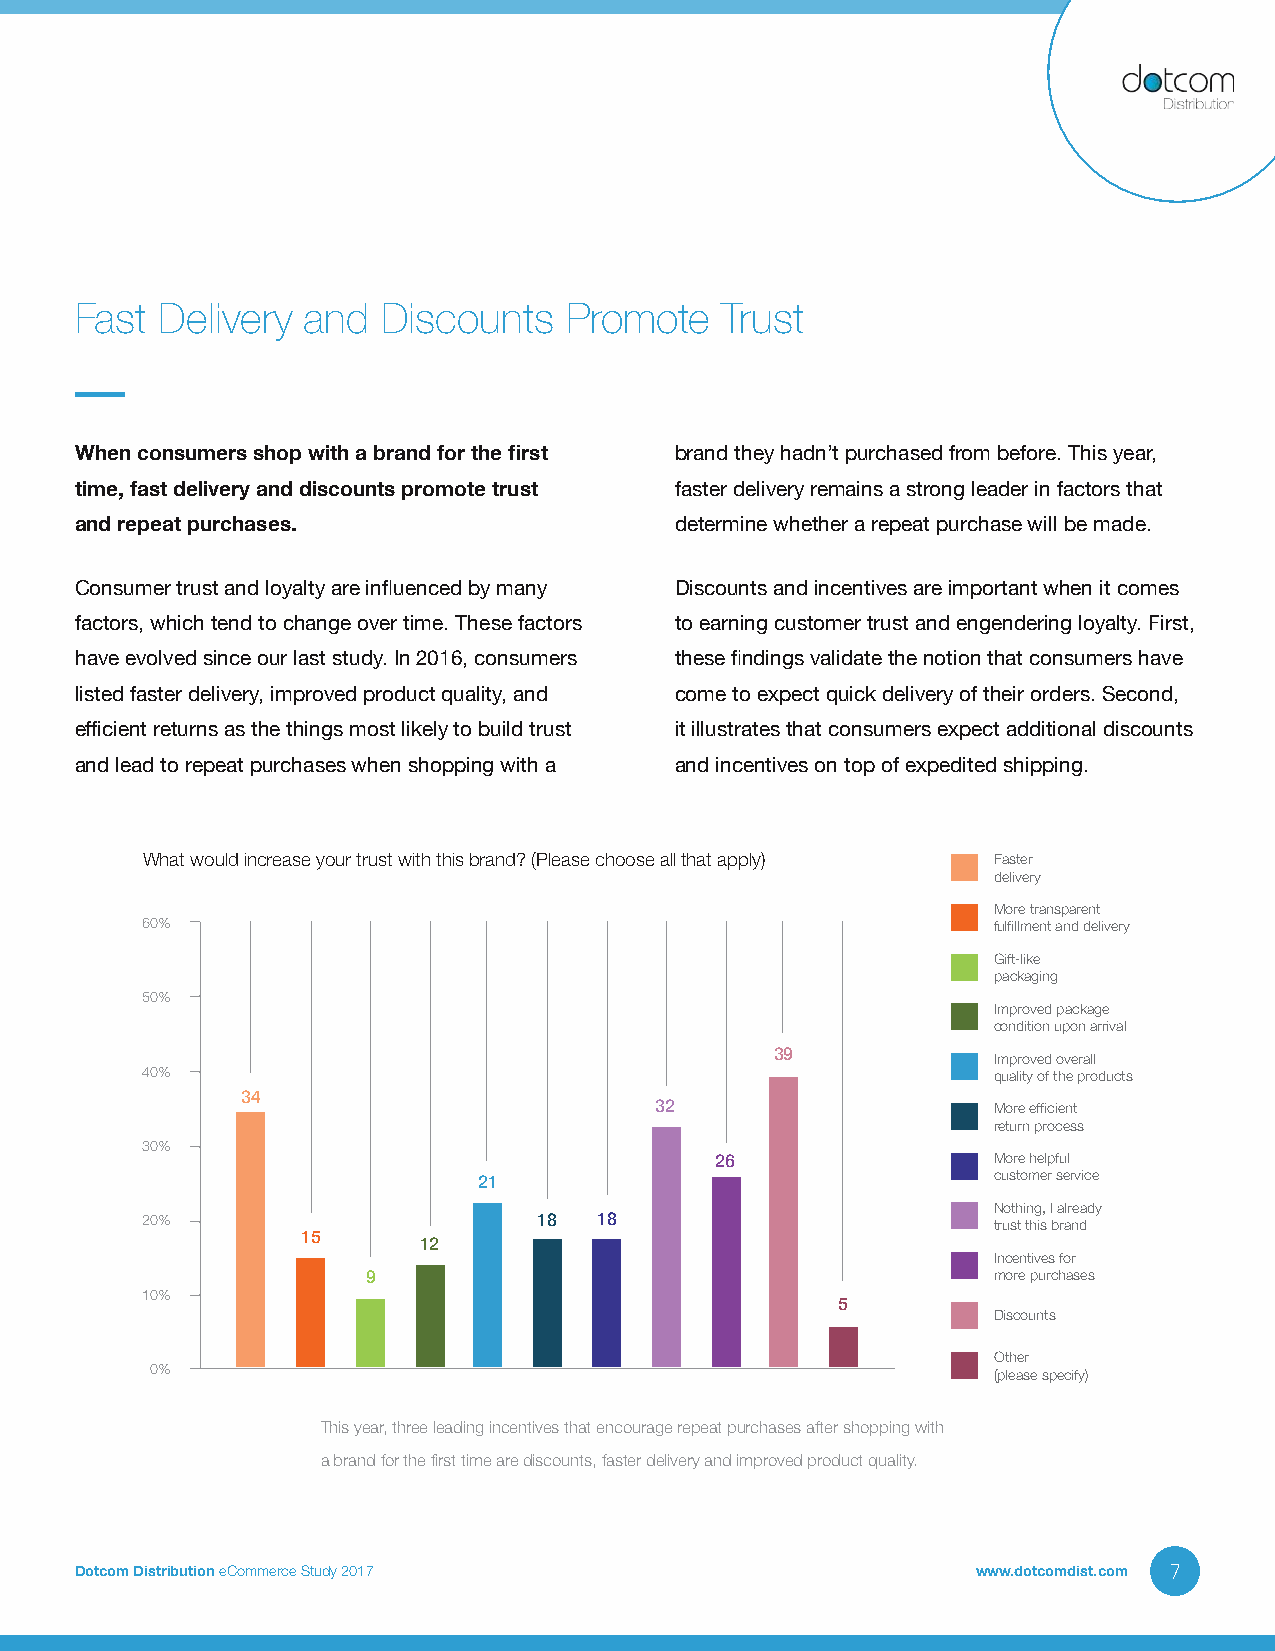
Fast Delivery  and  Discounts   Promote    Trust
 When consumers shop with a brand for the first brand they hadn’t purchased from before. This year,
 time, fast delivery and discounts promote trust faster delivery remains a strong leader in factors that
 and repeat purchases.                   determine whether a repeat purchase will be made.
 Consumer trust and loyalty are influenced by many Discounts and incentives are important when it comes
 factors, which tend to change over time. These factors to earning customer trust and engendering loyalty. First,
 have evolved since our last study. In 2016, consumers these findings validate the notion that consumers have
 listed faster delivery, improved product quality, and come to expect quick delivery of their orders. Second,
 efficient returns as the things most likely to build trust it illustrates that consumers expect additional discounts
 and lead to repeat purchases when shopping with a and incentives on top of expedited shipping.
 What would increase your trust with this brand? (Please choose all that apply) Faster
 delivery
 More transparent
 60%                                                      fulfillment and delivery
 Gift-like
 packaging
 50%
 Improved package
 condition upon arrival
 39             Improved overall
 40%                                                      quality of the products
 34
 32                     More efficient
 return process
 30%
 26                 More helpful
 21                                customer service
 Nothing, I already
 20%                        18  18                        trust this brand
 15
 12
 Incentives for
 9                                         more purchases
 10%
 5
 Discounts
 Other
 0%                                                      (please specify)
 This year, three leading incentives that encourage repeat purchases after shopping with
 a brand for the first time are discounts, faster delivery and improved product quality.
 Dotcom Distribution eCommerce Study 2017                    www.dotcomdist.com 7